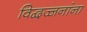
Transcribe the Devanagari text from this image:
विद्वज्जनांना